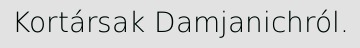
Kortársak Damjanichról.